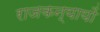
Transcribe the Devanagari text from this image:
राजकन्यायों